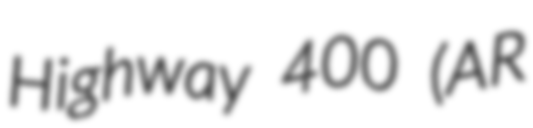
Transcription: Highway 400 (AR